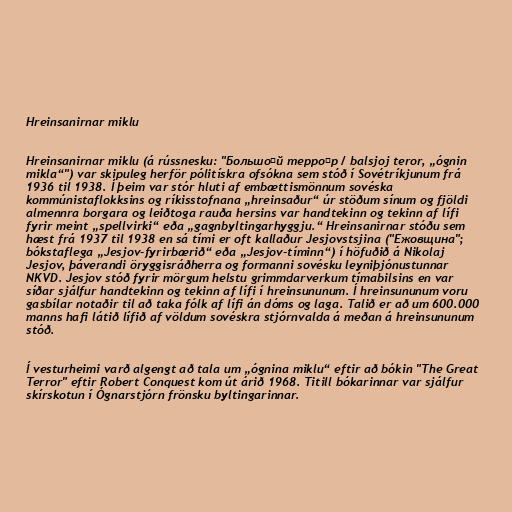
Hreinsanirnar miklu

Hreinsanirnar miklu (á rússnesku: "Большо́й терро́р / balsjoj teror, „ógnin
mikla“") var skipuleg herför pólitískra ofsókna sem stóð í Sovétríkjunum frá
1936 til 1938. Í þeim var stór hluti af embættismönnum sovéska
kommúnistaflokksins og ríkisstofnana „hreinsaður“ úr stöðum sínum og fjöldi
almennra borgara og leiðtoga rauða hersins var handtekinn og tekinn af lífi
fyrir meint „spellvirki“ eða „gagnbyltingarhyggju.“ Hreinsanirnar stóðu sem
hæst frá 1937 til 1938 en sá tími er oft kallaður Jesjovstsjina ("Ежовщина";
bókstaflega „Jesjov-fyrirbærið“ eða „Jesjov-tíminn“) í höfuðið á Nikolaj
Jesjov, þáverandi öryggisráðherra og formanni sovésku leyniþjónustunnar
NKVD. Jesjov stóð fyrir mörgum helstu grimmdarverkum tímabilsins en var
síðar sjálfur handtekinn og tekinn af lífi í hreinsununum. Í hreinsununum voru
gasbílar notaðir til að taka fólk af lífi án dóms og laga. Talið er að um 600.000
manns hafi látið lífið af völdum sovéskra stjórnvalda á meðan á hreinsununum
stóð.

Í vesturheimi varð algengt að tala um „ógnina miklu“ eftir að bókin "The Great
Terror" eftir Robert Conquest kom út árið 1968. Titill bókarinnar var sjálfur
skírskotun í Ógnarstjórn frönsku byltingarinnar.